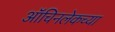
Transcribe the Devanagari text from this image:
ऑचिनलेकच्या